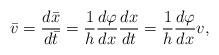
LaTeX: \begin{align*}\bar{v}=\frac{d\bar{x}}{d\bar{t}}=\frac{1}{h}\frac{d\varphi }{dx}\frac{dx}{dt}=\frac{1}{h}\frac{d\varphi }{dx}v,\end{align*}